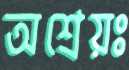
অশ্রেয়ঃ